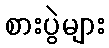
စားပွဲများ